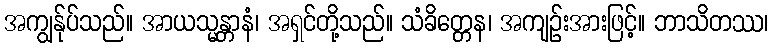
အကျွန်ုပ်သည်။ အာယသ္မန္တာနံ၊ အရှင်တို့သည်။ သံခိတ္တေန၊ အကျဉ်းအားဖြင့်။ ဘာသိတဿ၊